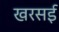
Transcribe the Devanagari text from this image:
खरसई